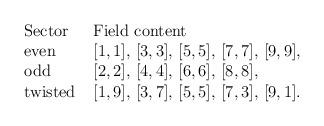
LaTeX: \begin{align*}\begin{array}{ll}\hbox{Sector}\ \ &\hbox{Field content} \\\hbox{even} & [1,1],\, [3,3],\, [5,5],\, [7,7],\, [9,9],\, \\\hbox{odd} & [2,2],\, [4,4],\, [6,6],\, [8,8],\, \\\hbox{twisted} & [1,9],\, [3,7],\, [5,5],\, [7,3],\, [9,1].\end{array}\end{align*}